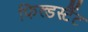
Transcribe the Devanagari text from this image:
फिल्डर्स्टैट